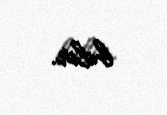
bilir.